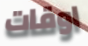
اوقات